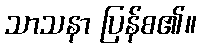
သာသနာ ပြန်စ၏။